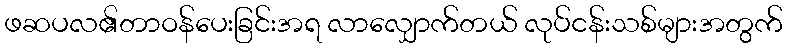
ဖဆပလ၏တာဝန်ပေးခြင်းအရ လာလျှောက်တယ် လုပ်ငန်းသစ်များအတွက်